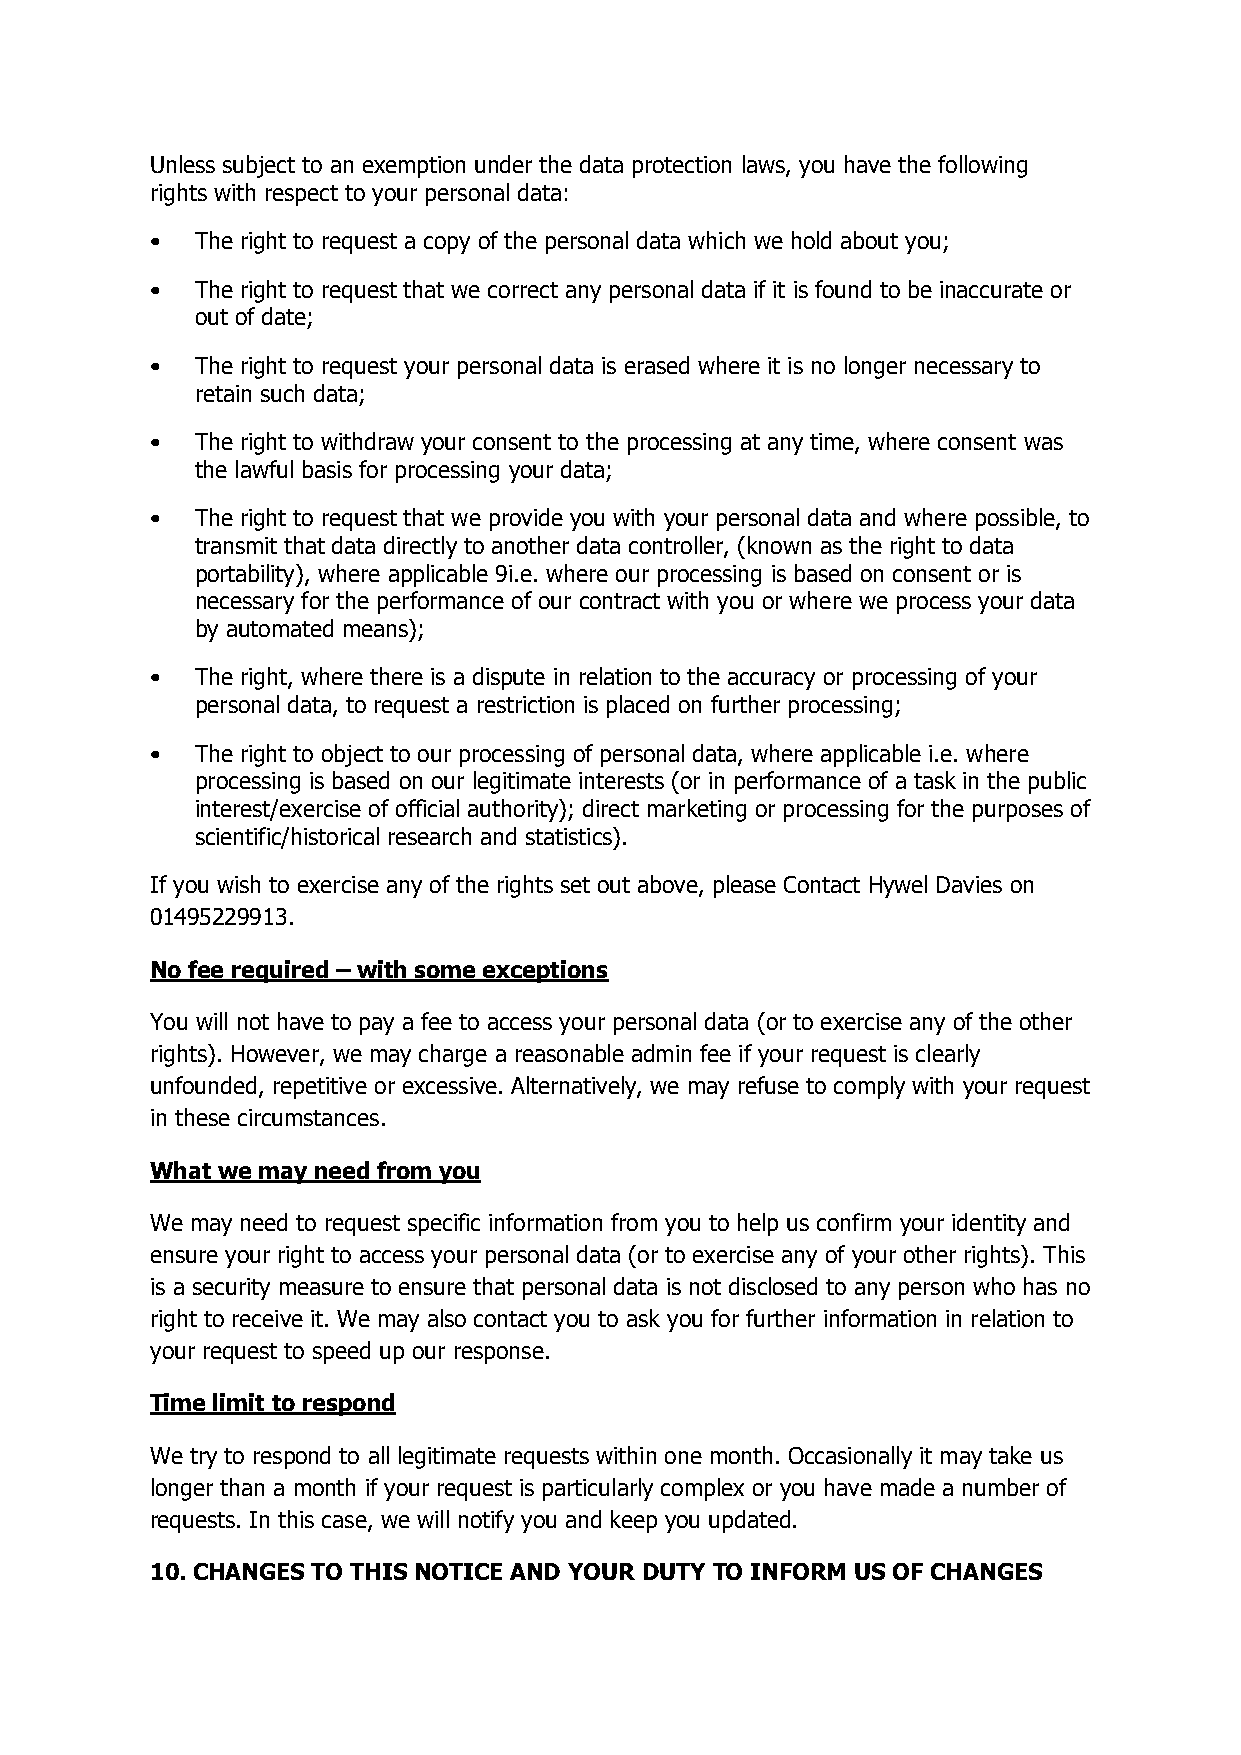
Unless subject to an exemption under the data protection laws, you have the following
 rights with respect to your personal data:
 •  The right to request a copy of the personal data which we hold about you;
 •  The right to request that we correct any personal data if it is found to be inaccurate or
 out of date;
 •  The right to request your personal data is erased where it is no longer necessary to
 retain such data;
 •  The right to withdraw your consent to the processing at any time, where consent was
 the lawful basis for processing your data;
 •  The right to request that we provide you with your personal data and where possible, to
 transmit that data directly to another data controller, (known as the right to data
 portability), where applicable 9i.e. where our processing is based on consent or is
 necessary for the performance of our contract with you or where we process your data
 by automated means);
 •  The right, where there is a dispute in relation to the accuracy or processing of your
 personal data, to request a restriction is placed on further processing;
 •  The right to object to our processing of personal data, where applicable i.e. where
 processing is based on our legitimate interests (or in performance of a task in the public
 interest/exercise of official authority); direct marketing or processing for the purposes of
 scientific/historical research and statistics).
 If you wish to exercise any of the rights set out above, please Contact Hywel Davies on
 01495229913.
 No fee required – with some exceptions
 You will not have to pay a fee to access your personal data (or to exercise any of the other
 rights). However, we may charge a reasonable admin fee if your request is clearly
 unfounded, repetitive or excessive. Alternatively, we may refuse to comply with your request
 in these circumstances.
 What we may need from you
 We may need to request specific information from you to help us confirm your identity and
 ensure your right to access your personal data (or to exercise any of your other rights). This
 is a security measure to ensure that personal data is not disclosed to any person who has no
 right to receive it. We may also contact you to ask you for further information in relation to
 your request to speed up our response.
 Time limit to respond
 We try to respond to all legitimate requests within one month. Occasionally it may take us
 longer than a month if your request is particularly complex or you have made a number of
 requests. In this case, we will notify you and keep you updated.
 10. CHANGES TO THIS NOTICE AND YOUR DUTY TO INFORM US OF CHANGES